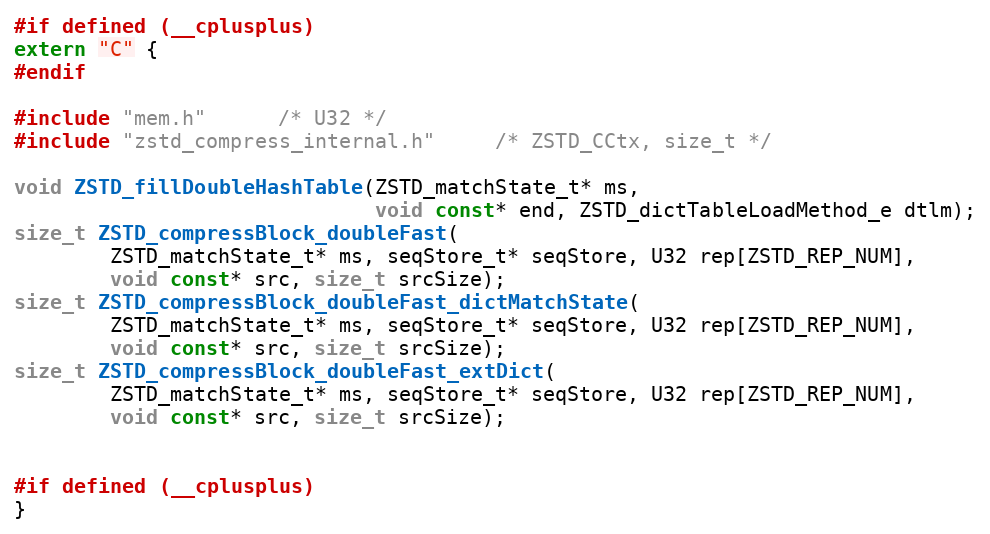
Language: C
#if defined (__cplusplus)
extern "C" {
#endif

#include "mem.h"      /* U32 */
#include "zstd_compress_internal.h"     /* ZSTD_CCtx, size_t */

void ZSTD_fillDoubleHashTable(ZSTD_matchState_t* ms,
                              void const* end, ZSTD_dictTableLoadMethod_e dtlm);
size_t ZSTD_compressBlock_doubleFast(
        ZSTD_matchState_t* ms, seqStore_t* seqStore, U32 rep[ZSTD_REP_NUM],
        void const* src, size_t srcSize);
size_t ZSTD_compressBlock_doubleFast_dictMatchState(
        ZSTD_matchState_t* ms, seqStore_t* seqStore, U32 rep[ZSTD_REP_NUM],
        void const* src, size_t srcSize);
size_t ZSTD_compressBlock_doubleFast_extDict(
        ZSTD_matchState_t* ms, seqStore_t* seqStore, U32 rep[ZSTD_REP_NUM],
        void const* src, size_t srcSize);

#if defined (__cplusplus)
}